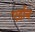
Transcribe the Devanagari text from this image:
एर्हान